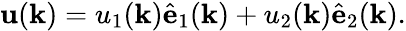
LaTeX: \mathbf{u}(\mathbf{k})=u_{1}(\mathbf{k})\hat{\mathbf e}_{1}(\mathbf{k})+u_{2}(\mathbf{k})\hat{\mathbf e}_{2}(\mathbf{k}).